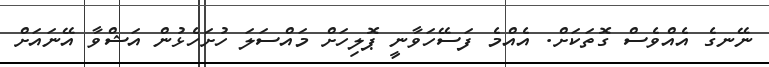
ނޭނގެ އެއްވެސް ގޮތަކަށް. އެއްމެ ފަސޭހަވާނީ ޕޮލިހަށް މައްސަލަ ހުށަހެޅުން އަޝްވާ އޭނައަށް